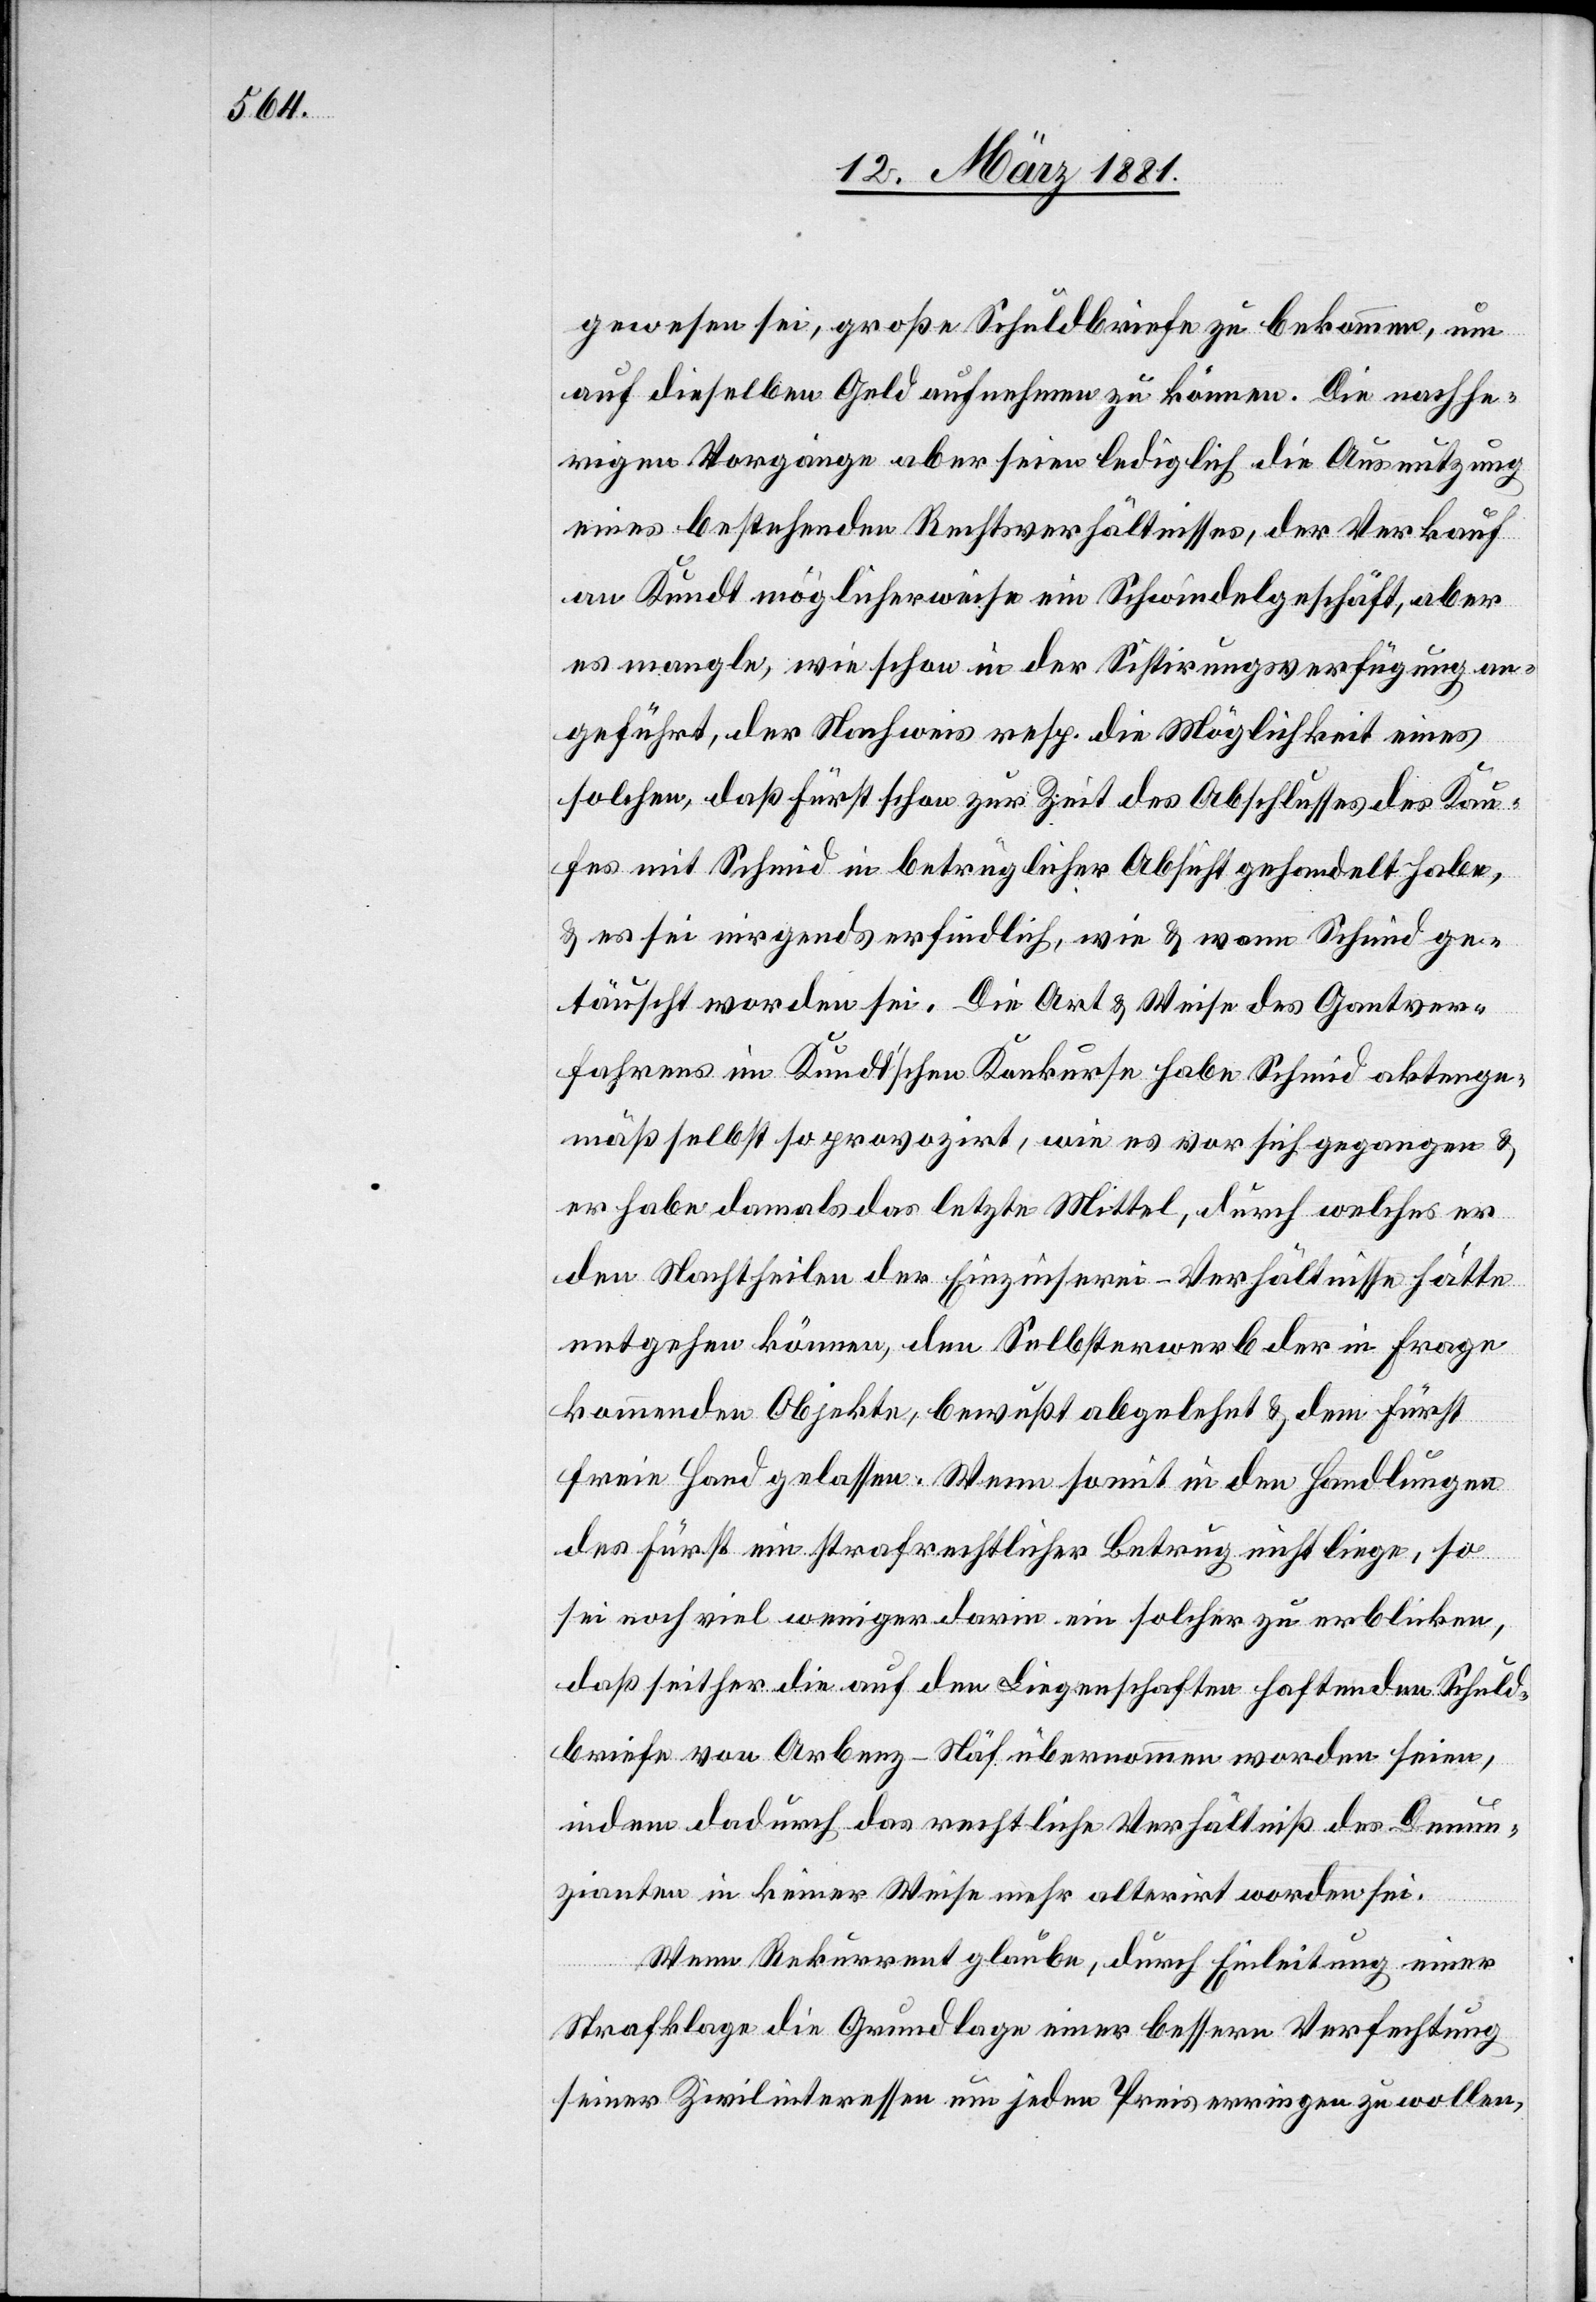
gewesen sei, große Schuldbriefe zu bekommen, um
auf dieselben Geld aufnehmen zu können. Die nachhe¬
rigen Vorgänge aber seien lediglich die Ausnutzung
eines bestehenden Rechtsverhältnisses, der Verkauf
an Kundt möglicherweise ein Schwindelgeschäft, aber
es mangle, wie schon in der Sistirungsverfügungen an¬
geführt, der Nachweis resp. die Möglichkeit eines
solchen, daß Fürst schon zur Zeit des Abschlusses des Kau¬
fes mit Schmid in betrüglicher Absicht gehandelt habe,
& es sei nirgends erfindlich, wie & wann Schmid ge¬
täuscht worden sei. Die Art & Weise des Gantver¬
fahrens im Kundt’schen Konkurse habe Schmid aktenge¬
mäß selbst so provozirt, wie es vor sich gegangen &
er habe damals das letzte Mittel, durch welches er
den Nachtheilen der Einzinserei-Verhältnisse hätte
entgehen können, den Selbsterwerb der in Frage
kommenden Objekte, bewußt abgelehnt & dem Fürst
freie Hand gelassen. Wenn somit in den Handlungen
des Fürst ein strafrechtlicher Betrug nicht liege, so
sei noch viel weniger darin ein solcher zu erblicken,
daß seither die auf den Liegenschaften haftenden Schuld¬
briefe von Arbenz-Näf übernommen worden seien,
indem dadurch das rechtliche Verhältniß des Denun¬
zianten in keiner Weise mehr alterirt worden sei.
Wenn Rekurrent glaube, durch Einleitung einer
Strafklage die Grundlage einer bessern Verfechtung
seiner Zivilinteressen um jeden Preis erringen zu wollen,